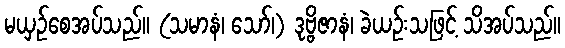
မယှဉ်စေအပ်သည်။ (သမာနံ၊ သော်၊) ဒုဗ္ဗိဇာနံ၊ ခဲယဉ်းသဖြင့် သိအပ်သည်။